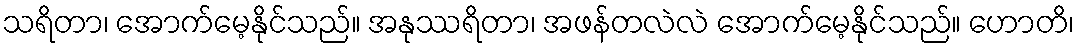
သရိတာ၊ အောက်မေ့နိုင်သည်။ အနုဿရိတာ၊ အဖန်တလဲလဲ အောက်မေ့နိုင်သည်။ ဟောတိ၊